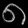
Digit: ၈